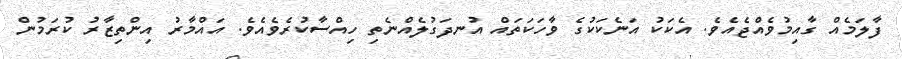
ފާލަމެއް ގާއިމުވެއްޖެއެވެ. އެކަކު އަނެކަކުގެ ވާހަކަތައް އުނދަގުލެއްނެތި ހިއްސާކުރެވެއެވެ. އައްމާރު އިންތިޒާރު ކުރަމުން